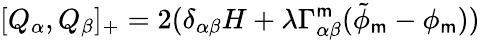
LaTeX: [Q_{\alpha},Q_{\beta}]_{+}=2(\delta_{\alpha\beta}H+\lambda\Gamma_{\alpha\beta}^{\mathsf{m}}(\tilde{{\phi}}_{\mathsf{m}}-\phi_{\mathsf{m}}))